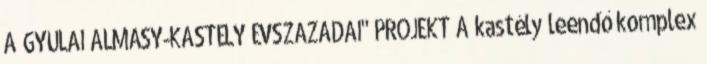
A GYULAI ALMÁSY-KASTÉLY ÉVSZÁZADAI" PROJEKT A kastély leendő komplex